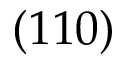
( 1 1 0 )